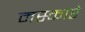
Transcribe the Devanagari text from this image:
मस्कारे